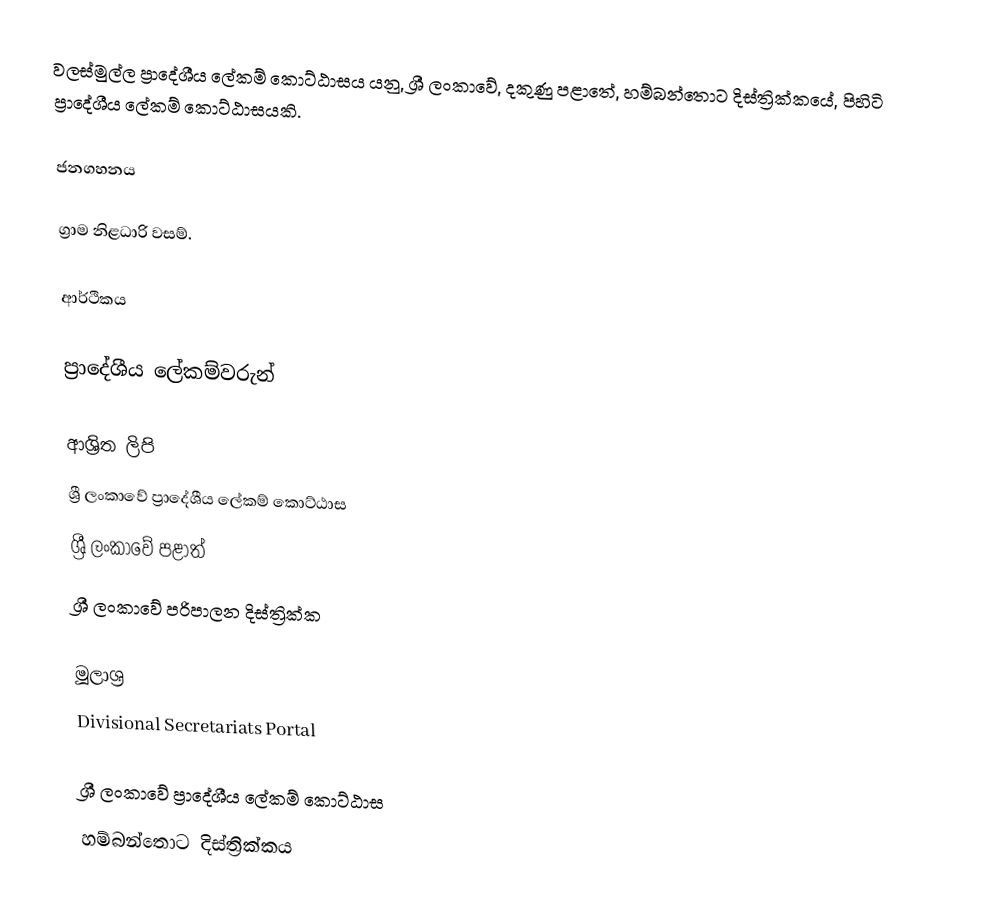
වලස්මුල්ල ප්‍රාදේශීය ලේකම් කොට්ඨාසය යනු,  ශ්‍රී ලංකාවේ, දකුණු පළාතේ,   හම්බන්තොට දිස්ත්‍රික්කයේ, පිහිටි ප්‍රාදේශීය ලේකම් කොට්ඨාසයකි.

ජනගහනය

ග්‍රාම නිළධාරි වසම්.

ආර්ථිකය

ප්‍රාදේශීය ලේකම්වරුන්

ආශ්‍රිත ලිපි
ශ්‍රී ලංකාවේ ප්‍රාදේශීය ලේකම් කොට්ඨාස
ශ්‍රී ලංකාවේ පළාත්
ශ්‍රී ලංකාවේ පරිපාලන දිස්ත්‍රික්ක

මූලාශ්‍ර
 Divisional Secretariats Portal

ශ්‍රී ලංකාවේ ප්‍රාදේශීය ලේකම් කොට්ඨාස
හම්බන්තොට දිස්ත්‍රික්කය